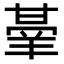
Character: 𭺭